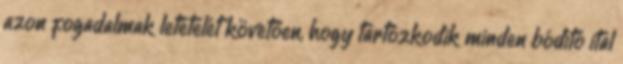
azon fogadalmak letételét követően, hogy tartózkodik minden bódító ital